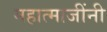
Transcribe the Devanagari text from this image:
महात्माजींनी